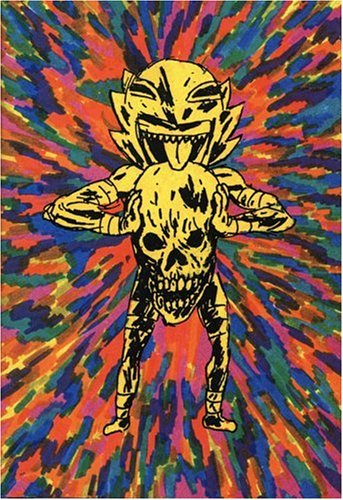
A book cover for Brian Chippendale: Maggots; Comics & Graphic Novels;